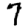
Digit: 7